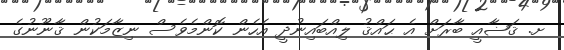
ށ. ޤަޟާއީ ބާރަށް އެ ޙައްޤު ލިއްބައިނުދީ އެހެން ކޮންމެވެސް ނިޒާމަކުން ޤާނޫނުގެ